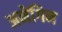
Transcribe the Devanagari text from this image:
अनेगिन